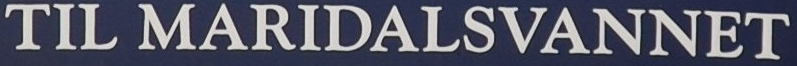
TIL MARIDALSVANNET